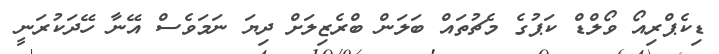
ޑިކެޕްރިއޯ ވޯލްޑް ކަޕުގެ މެޗުތައް ބަލަން ބްރެޒިލަށް ދިޔަ ނަމަވެސް އޭނާ ހޭދަކުރަނީ